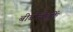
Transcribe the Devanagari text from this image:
बीबीसीतर्फे